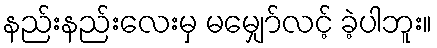
နည်းနည်းလေးမှ မမျှော်လင့် ခဲ့ပါဘူး။